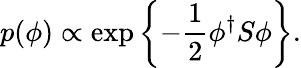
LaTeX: p(\phi)\propto\exp\left\{ -\frac{1}{2}\phi^{\dagger}S\phi\right\} .